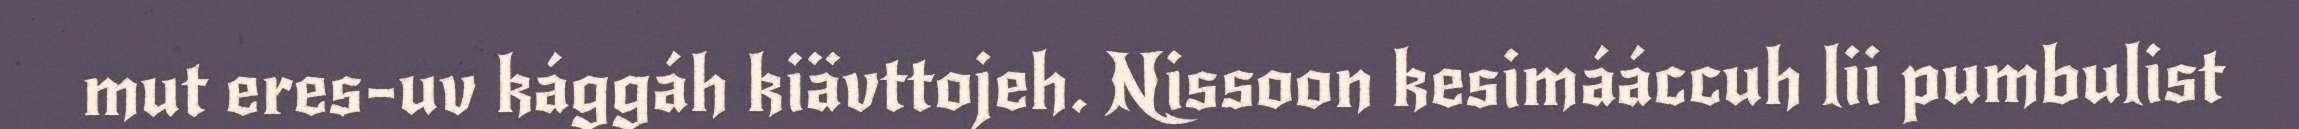
mut eres-uv kággáh kiävttojeh. Nissoon kesimááccuh lii pumbulist